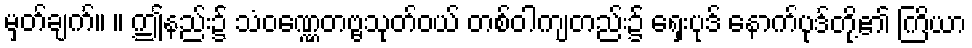
မှတ်ချက်။ ။ ဤနည်း၌ သံဝဏ္ဏေတဗ္ဗသုတ်ဝယ် တစ်ဝါကျတည်း၌ ရှေးပုဒ် နောက်ပုဒ်တို့၏ ကြိယာ